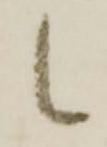
候